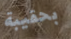
بحقيبة